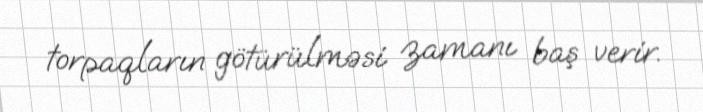
torpaqların götürülməsi zamanı baş verir.